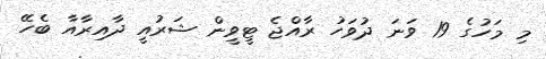
މި މަހުގެ 19 ވަނަ ދުވަހު ރާއްޖެ ޓީވީން ޝަރުއީ ދާއިރާއާ ބެހޭ